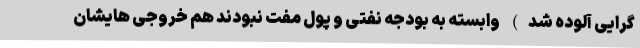
گرایی آلوده شد) وابسته به بودجه نفتی و پول مفت نبودند هم خروجی هایشان